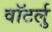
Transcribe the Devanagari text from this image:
वॉटर्लु